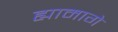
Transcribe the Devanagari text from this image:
ह्यामागे